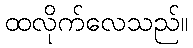
ထလိုက်လေသည်။